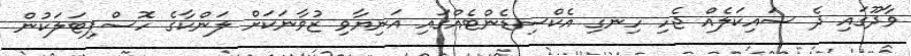
ވާދޫގައި ދެ ސައިކަލެއް ޖެހި ހިނގި އެކްސިޑެންޓެއްގައި އަނިޔާވި ޒުވާނަކަށް ލަންކާގެ ހޮސްޕިޓަލަކުން